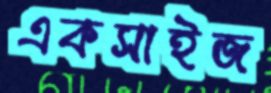
একসাইজ